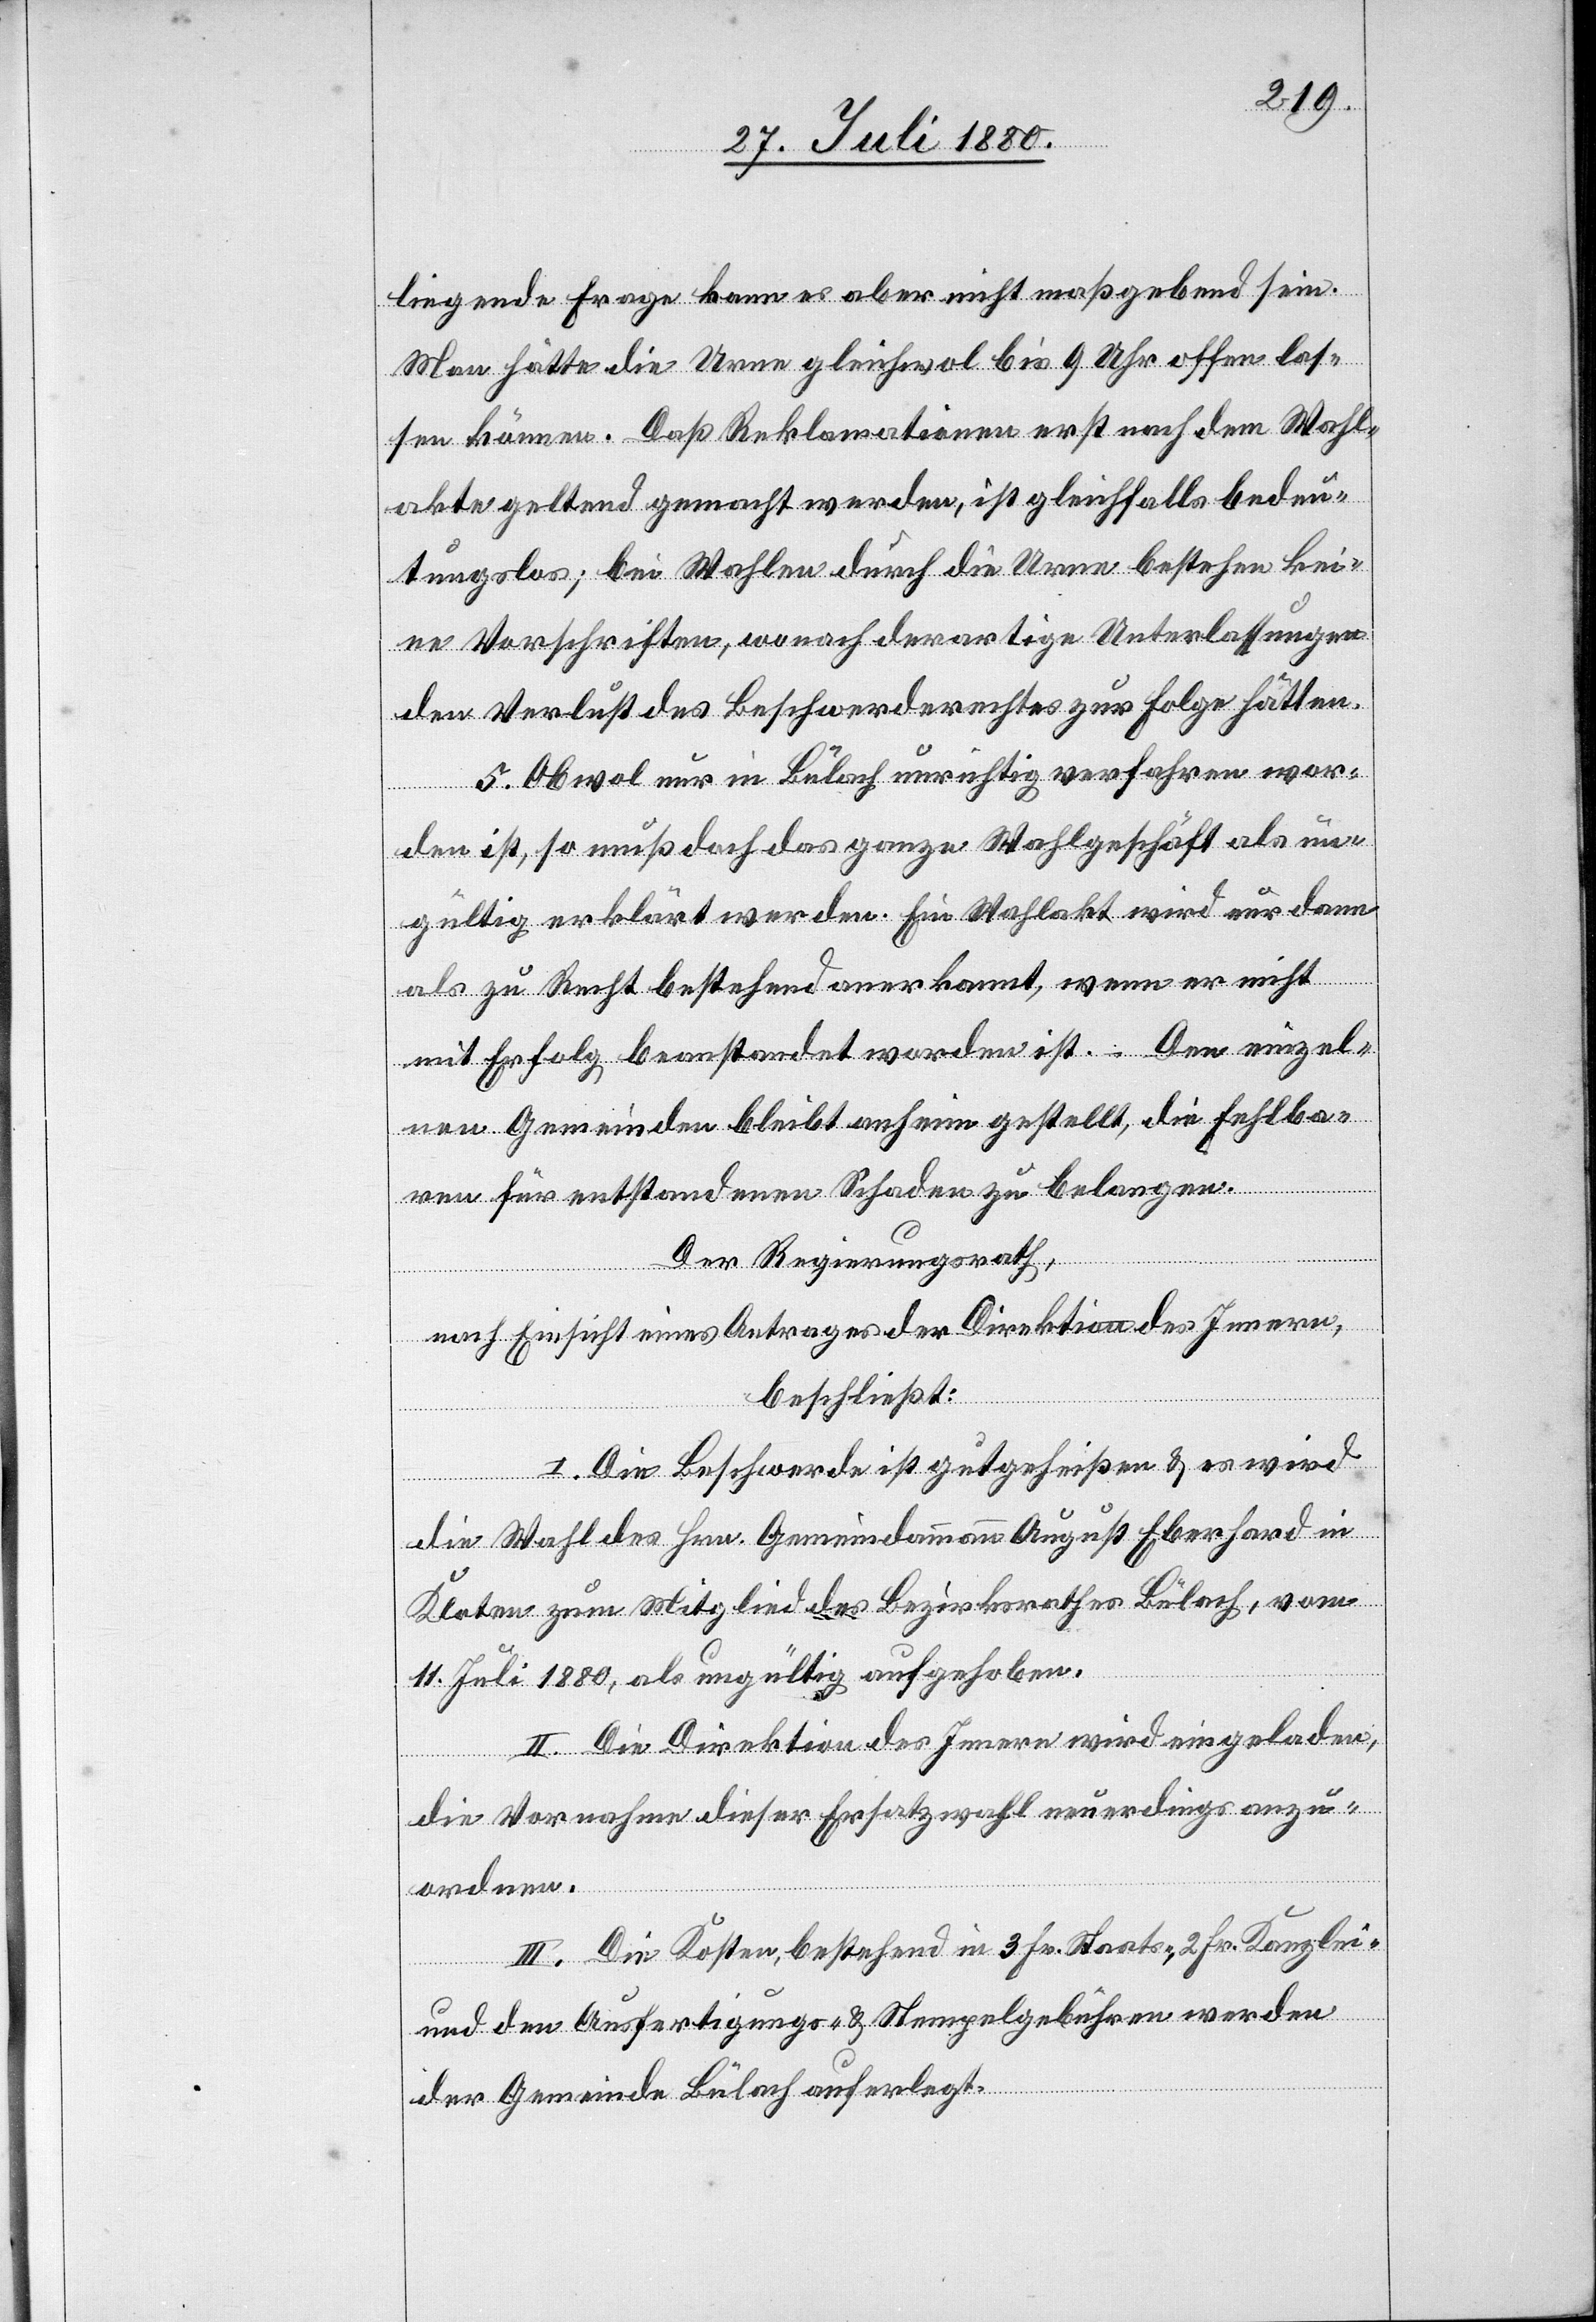
liegende Frage kann es aber nicht maßgebend sein.
Man hätte die Urne gleichwol bis 9 Uhr offen las¬
sen können. Daß Reklamationen erst nach dem Wahl¬
akte geltend gemacht wurden, ist gleichfalls bedeu¬
tungslos; bei Wahlen durch die Urne bestehen kei¬
ne Vorschriften, wonach derartige Unterlassungen
den Verlust des Beschwerderechtes zur Folge hätten.
5. Obwol nur in Bülach unrichtig verfahren wor¬
den ist, so muß doch das ganze Wahlgeschäft als un¬
gültig erklärt werden. Ein Wahlakt wird nur dann
als zu Recht bestehend anerkannt, wenn er nicht
mit Erfolg beanstandet worden ist. Den einzel¬
nen Gemeinden bleibt anheim gestellt, die Fehlba¬
ren für entstandenen Schaden zu belangen.
Der Regierungsrath,
nach Einsicht eines Antrages der Direktion des Innern,
beschließt:
I. Die Beschwerde ist gutgeheißen & es wird
die Wahl des Hrn. Gemeindammann August Eberhard in
Kloten zum Mitglied des Bezirksrathes Bülach, vom
11. Juli 1880, als ungültig aufgehoben.
II. Die Direktion des Innern wird eingeladen,
die Vornahme dieser Ersatzwahl neuerdings anzu¬
ordnen.
III. Die Kosten, bestehend in 3 Fr. Staats-, 2 Fr. Kanzlei-
und den Ausfertigungs- & Stempelgebühren werden
der Gemeinde Bülach auferlegt.